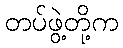
တပ်ဖွဲ့တို့က